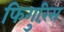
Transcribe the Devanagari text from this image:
फिगुरिंस